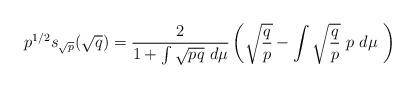
LaTeX: \begin{align*} p^{1/2} s_{\sqrt p}(\sqrt q) = \frac 2 {1+\int \sqrt {pq} \ d\mu} \left(\sqrt {\frac q p} - \int \sqrt {\frac q p} \ p \ d\mu \ \right) \end{align*}